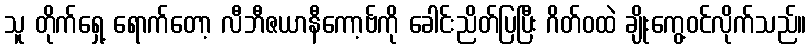
သူ တိုက်ရှေ့ ရောက်တော့ လီဘီဇယာနီကော့ဗ်ကို ခေါင်းညိတ်ပြပြီး ဂိတ်ဝထဲ ချိုးကွေ့ဝင်လိုက်သည်။